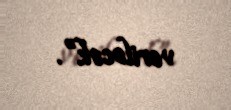
veriləcək”.